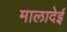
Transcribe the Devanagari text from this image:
मालादेई